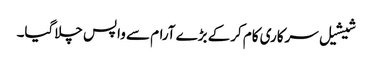
شیشیل سرکاری کام کرکے بڑے آرام سے واپس چلاگیا۔